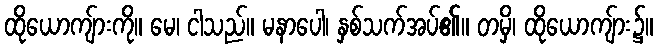
ထိုယောကျ်ားကို။ မေ၊ ငါသည်။ မနာပေါ၊ နှစ်သက်အပ်၏။ တမှိ၊ ထိုယောကျ်ား၌။